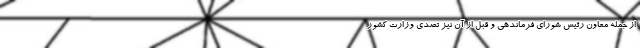
از جمله معاون رئیس شورای فرماندهی و قبل از آن نیز تصدی وزارت کشور